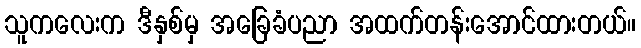
သူကလေးက ဒီနှစ်မှ အခြေခံပညာ အထက်တန်းအောင်ထားတယ်။